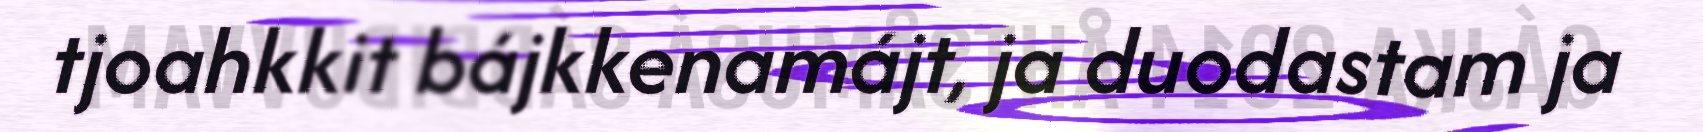
tjoahkkit bájkkenamájt, ja duodastam ja